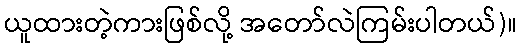
ယူထားတဲ့ကားဖြစ်လို့ အတော်လဲကြမ်းပါတယ်)။